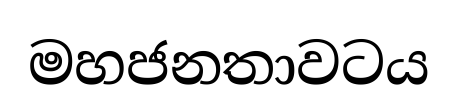
මහජනතාවටය